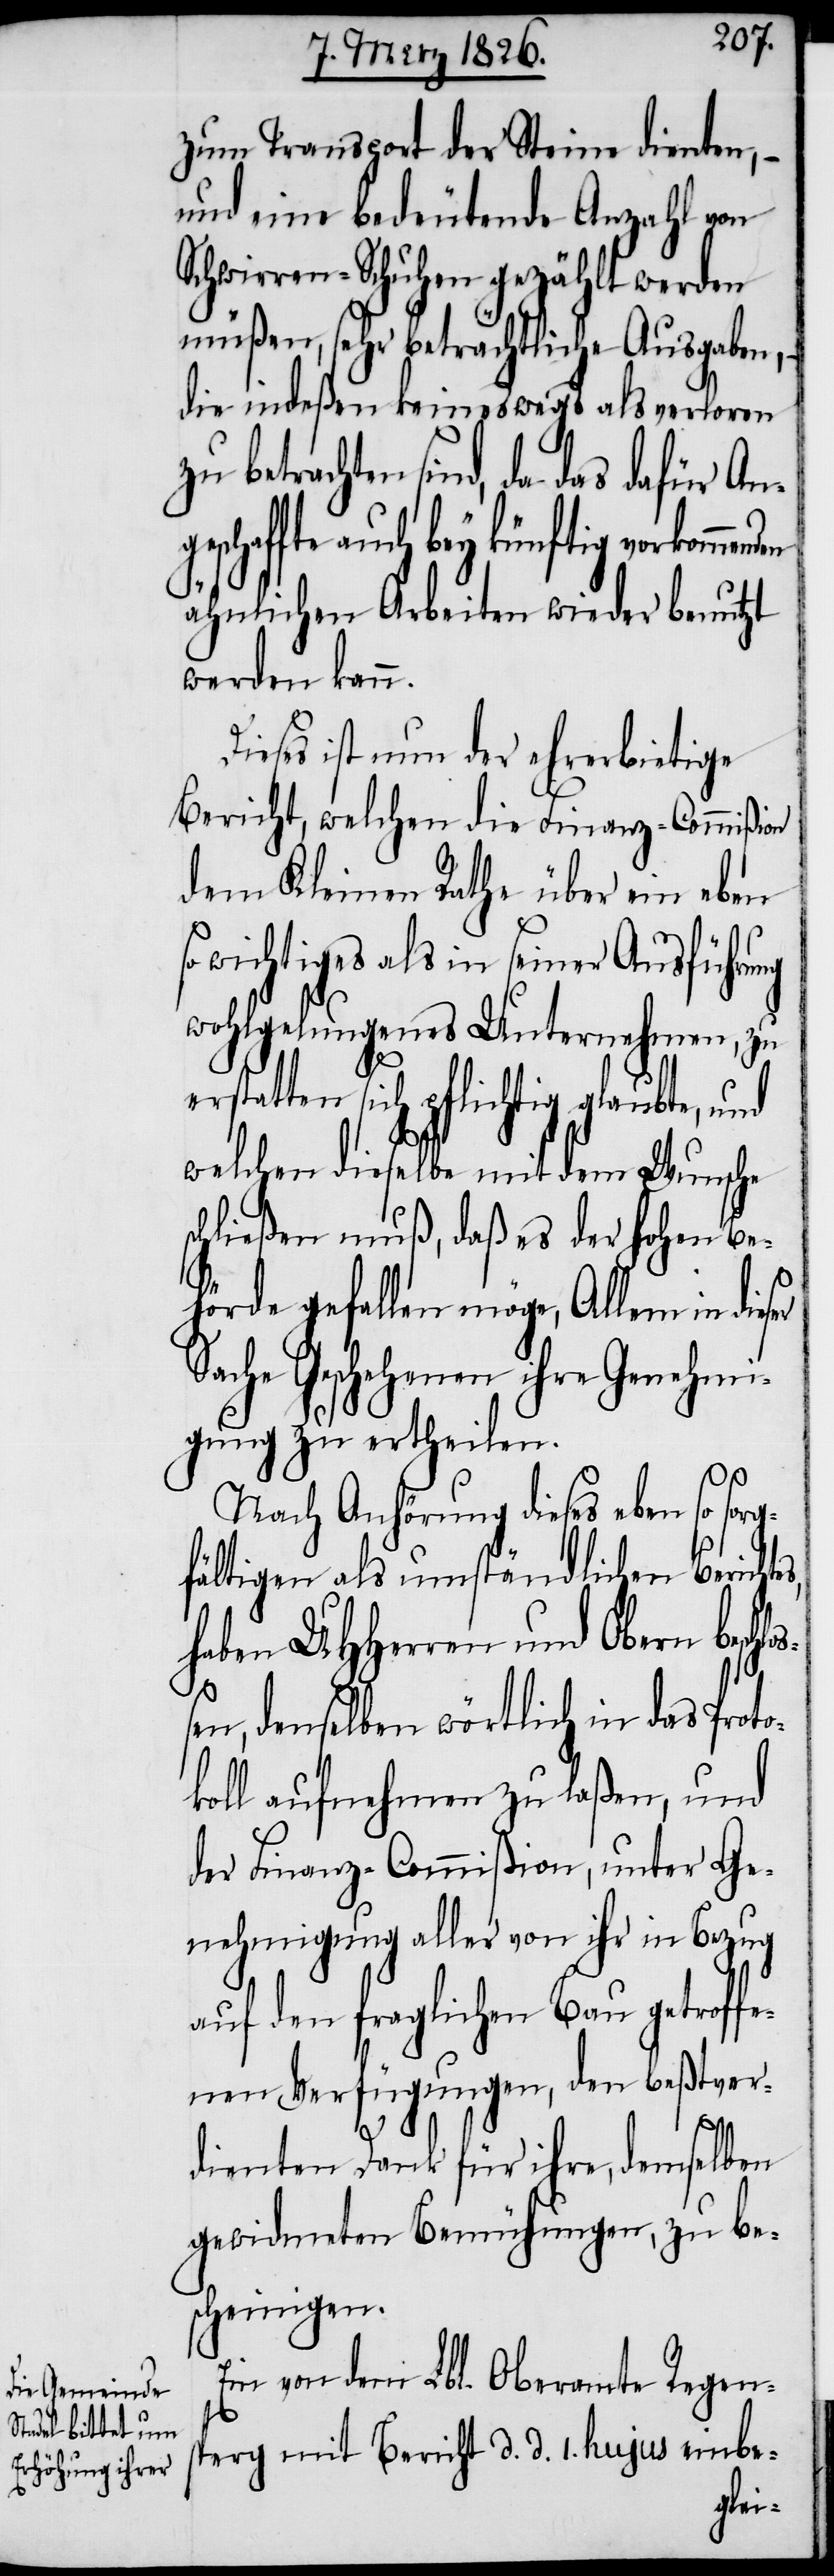
er
zum Transport der Steine dienten, –
und eine bedeutende Anzahl von
Schwirren-Schuhen gezählt werden
müßen, sehr beträchtliche Ausgaben, –
die indeßen keineswegs als verloren
betrachten sind, da das dafür Ang¬
eschaffte auch bey künftig vorkommen¬
ähnlichen Arbeiten wieder benutzt
werden kann.
Dieses ist nun der ehrerbietige
Bericht, welchen die Finanz-Commißion
dem Kleinen Rath über ein eben
so wichtiges als ein seiner Ausführung
wohlgelungenes Unternehmen, zu
erstatten sich pflichtig glaubte, und
welchen dieselbe mit dem Wunsche
schließen muß, daß es der hohen Be¬
hörde gefallen möge, Allem in dies¬
Sache Geschehenen ihre Genehmi¬
gung zu ertheilen.
oß¬
Nach Anhörung dieses eben so sorg¬
fältigen als umständlichen Berichte¬
haben UHHerren und Obern beschl¬
en, denselben wörtlich in das Proto¬
koll aufnehmen zu laßen, und
der Finanz-Commißion, unter Ge¬
nehmigung aller von ihr in Bezug
auf den fraglichen Bau getroffe¬
nen Verfügungen, den beßtver¬
dienten Dank für ihre, demselben
gewidmeten Bemühungen, zu be¬
scheinigen.
Ein von dem Lbl. Oberamte Regen¬
sperg mit Bericht d. d. 1. hujus einbe-